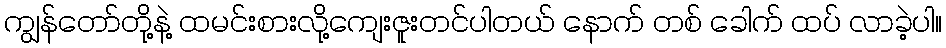
ကျွန်တော်တို့နဲ့ ထမင်းစားလို့ကျေးဇူးတင်ပါတယ် နောက် တစ် ခေါက် ထပ် လာခဲ့ပါ။